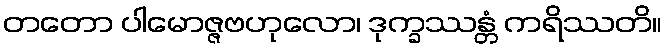
တတော ပါမောဇ္ဇဗဟုလော၊ ဒုက္ခဿန္တံ ကရိဿတိ။